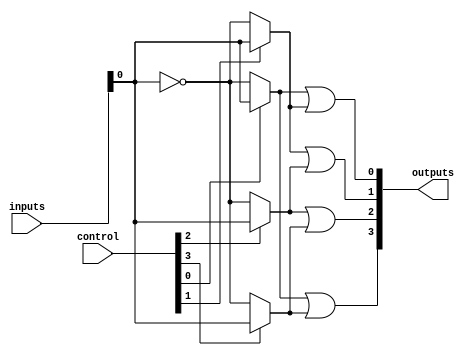
module FusedPAL (
    input wire [N-1:0] inputs,        // N input signals
    input wire [M-1:0] control,       // Control signals for programming AND terms
    output wire [P-1:0] outputs       // P output signals
);
    parameter N = 8;                  // Number of inputs
    parameter M = 4;                  // Number of programmable AND terms
    parameter P = 4;                  // Number of outputs

    // Programmable AND array
    wire [M-1:0] and_outputs [0:N-1]; // AND outputs for each term

    // Generate the programmable AND gates
    genvar i, j;
    generate
        for (i = 0; i < M; i = i + 1) begin : and_terms
            assign and_outputs[i] = (control[i] ? inputs : ~inputs); // Select input or complement
        end
    endgenerate

    // Fixed OR array
    assign outputs[0] = and_outputs[0] | and_outputs[1]; // Example output logic
    assign outputs[1] = and_outputs[1] | and_outputs[2]; // Example output logic
    assign outputs[2] = and_outputs[2] | and_outputs[3]; // Example output logic
    assign outputs[3] = and_outputs[0] | and_outputs[3]; // Example output logic

endmodule